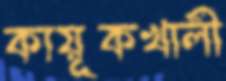
কায়ূকখালী